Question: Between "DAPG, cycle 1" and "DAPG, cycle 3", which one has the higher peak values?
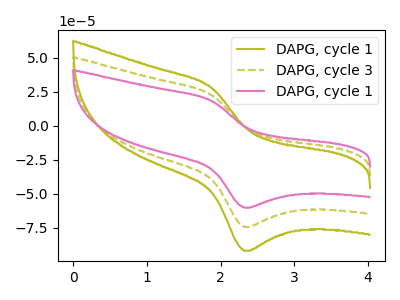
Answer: <think>The olive curve "DAPG, cycle 1" has an anodic peak at (1.90V, 45.30uA) and a cathodic peak at (2.30V, -148.45uA). The olive dashed curve "DAPG, cycle 3" has an anodic peak at (1.90V, 22.65uA) and a cathodic peak at (2.30V, -74.25uA). The pink curve "DAPG, cycle 1" has an anodic peak at (1.90V, 18.35uA) and a cathodic peak at (2.30V, -60.10uA).</think>
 <answer>Every peak in "DAPG, cycle 1" is lower than every peak in "DAPG, cycle 3".</answer>
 <eval>lower</eval>